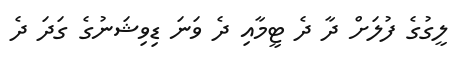
ލީގުގެ ފުލަށް ދާ ދެ ޓީމާއި ދެ ވަނަ ޑިވިޝަނުގެ ގަދަ ދެ